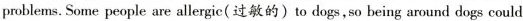
problems.Some people are allergic(过敏的)to dogs,so being around dogs could